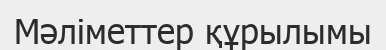
Мәліметтер құрылымы